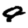
Digit: 9